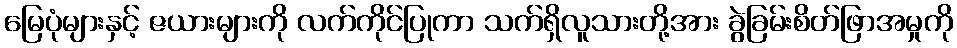
မြေပုံများနှင့် ဇယားများကို လက်ကိုင်ပြုကာ သက်ရှိလူသားတို့အား ခွဲခြမ်းစိတ်ဖြာအမှုကို